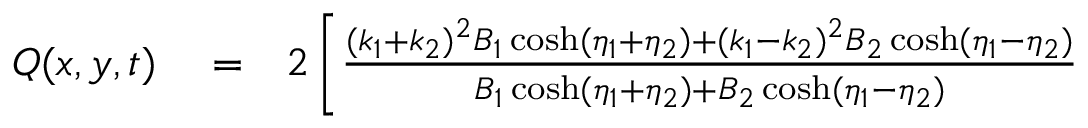
\begin{array} { r l r } { Q ( x , y , t ) } & { { } = } & { 2 \left[ \frac { ( k _ { 1 } + k _ { 2 } ) ^ { 2 } B _ { 1 } \cosh ( \eta _ { 1 } + \eta _ { 2 } ) + ( k _ { 1 } - k _ { 2 } ) ^ { 2 } B _ { 2 } \cosh ( \eta _ { 1 } - \eta _ { 2 } ) } { B _ { 1 } \cosh ( \eta _ { 1 } + \eta _ { 2 } ) + B _ { 2 } \cosh ( \eta _ { 1 } - \eta _ { 2 } ) } \right. } \end{array}